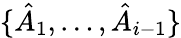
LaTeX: \{ \hat{A}_{1},\dotsc,\hat{A}_{i-1}\}